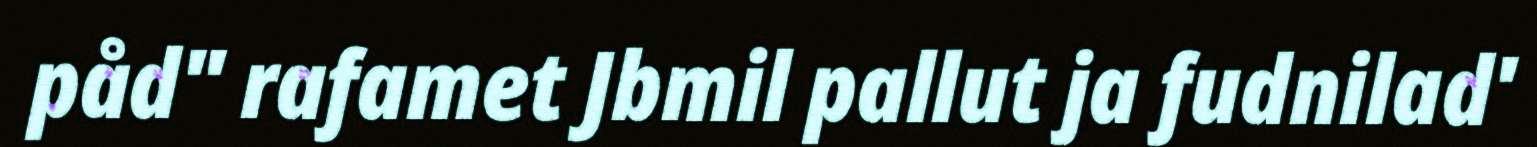
påd" rafamet Jbmil pallut ja fudnilad'